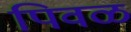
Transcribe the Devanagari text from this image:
पिवळ